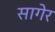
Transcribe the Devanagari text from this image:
सागेर